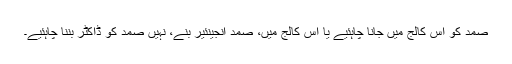
صمد کو اس کالج میں جانا چاہئیے یا اس کالج میں، صمد انجینئیر بنے، نہیں صمد کو ڈاکٹر بننا چاہئیے۔